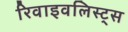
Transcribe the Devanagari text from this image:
रिवाइवलिस्ट्स